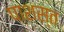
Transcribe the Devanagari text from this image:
पाशस्त